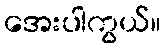
အေးပါကွယ်။